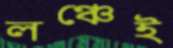
লঞ্চেই